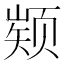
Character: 𮸵